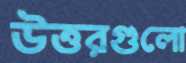
উত্তরগুলো